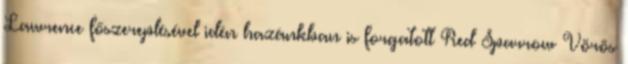
Lawrence főszereplésével idén hazánkban is forgatott Red Sparrow Vörös